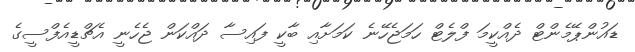
ޑައުންޕޭމެންޓް ދެއްކީމަ ފްލެޓް ހަމަޖެހޭނެ ކަމަށާއި ބާކީ ފައިސާ ދައްކަން ޖެހެނީ އެޗްޑީއެފްސީގެ